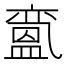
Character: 𱲙